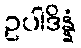
ဥပါဒိန္နံ